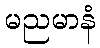
မညမာနံ